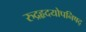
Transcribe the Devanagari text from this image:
रुद्रहृदयोपनिषद्